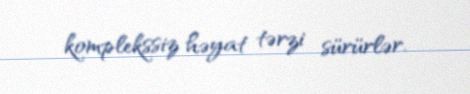
komplekssiz həyat tərzi sürürlər.